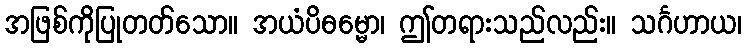
အဖြစ်ကိုပြုတတ်သော။ အယံပိဓမ္မော၊ ဤတရားသည်လည်း။ သင်္ဂဟာယ၊